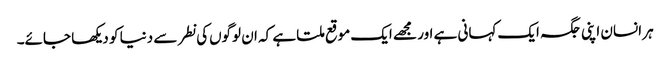
ہر انسان اپنی جگہ ایک کہانی ہے اور مجھے ایک موقع ملتا ہے کہ ان لوگوں‌کی نطر سے دنیا کو دیکھا جائے۔